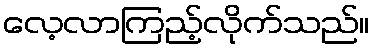
လေ့လာကြည့်လိုက်သည်။